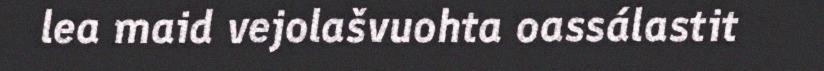
lea maid vejolašvuohta oassálastit